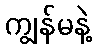
ကျွန်မနဲ့